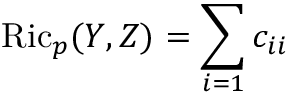
\operatorname { R i c } _ { p } ( Y , Z ) = \sum _ { i = 1 } c _ { i i }